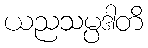
ယညသမ္ပဒါတိ